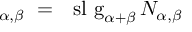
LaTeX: \mathit { \Gamma } _ { \alpha , \beta } ~ = ~ \mathrm { \ s l ~ g } _ { \alpha + \beta } \, N _ { \alpha , \beta }